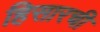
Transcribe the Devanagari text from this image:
हिसारची